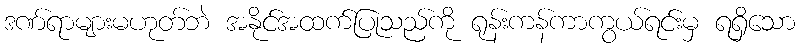
ဒဏ်ရာများမဟုတ်ဘဲ အနိုင်အထက်ပြုသည်ကို ရုန်းကန်ကာကွယ်ရင်းမှ ရရှိသော